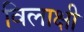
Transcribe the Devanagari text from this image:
विलाक्षी